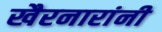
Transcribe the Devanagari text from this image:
खैरनारांनी